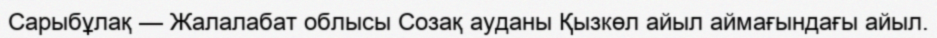
Сарыбұлақ — Жалалабат облысы Созақ ауданы Қызкөл айыл аймағындағы айыл.